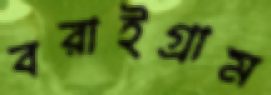
বরাইগ্রাম